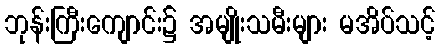
ဘုန်းကြီးကျောင်း၌ အမျိုးသမီးများ မအိပ်သင့်